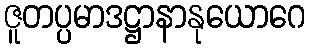
ဇူတပ္ပမာဒဋ္ဌာနာနုယောဂေ